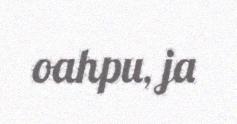
oahpu, ja